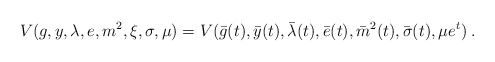
\begin{align*} V(g,y,\lambda,e,m^2,\xi,\sigma,\mu)= V(\bar{g}(t), \bar{y}(t),\bar{\lambda}(t),\bar{e}(t),\bar{m}^2(t), \bar{\sigma}(t), \mu e^t)\;.\end{align*}